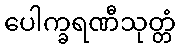
ပေါက္ခရဏီသုတ္တံ